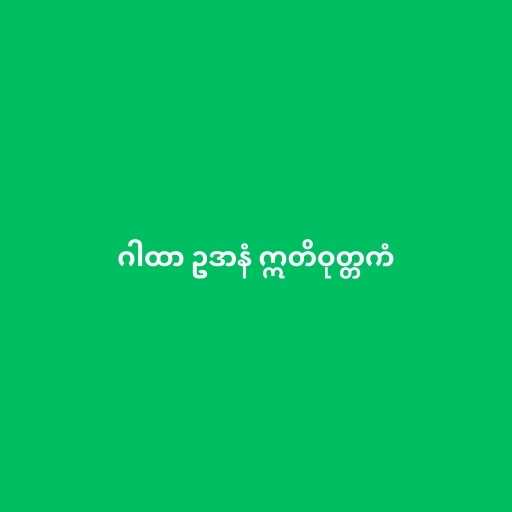
ဂါထာ ဥဒာနံ ဣတိဝုတ္တကံ